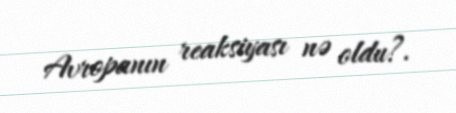
Avropanın reaksiyası nə oldu?.